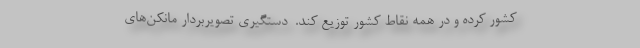
کشور کرده و در همه نقاط کشور توزیع کند.  دستگیری تصویربردار مانکن‌های